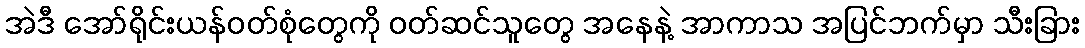
အဲဒီ အော်ရိုင်းယန်ဝတ်စုံတွေကို ဝတ်ဆင်သူတွေ အနေနဲ့ အာကာသ အပြင်ဘက်မှာ သီးခြား